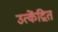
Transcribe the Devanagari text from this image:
उत्केंद्रित